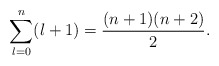
\begin{align*} \sum_{l=0}^n(l+1)=\frac{(n+1)(n+2)}{2}.\end{align*}